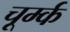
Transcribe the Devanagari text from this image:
चूर्म्क